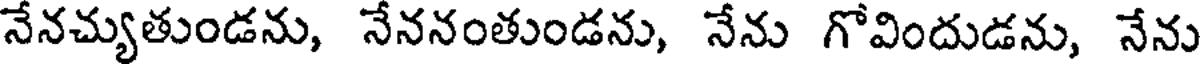
నేనచ్యుతుండను, నేననంతుండను, నేను గోవిందుడను, నేను